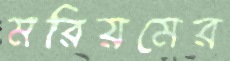
মরিয়মের